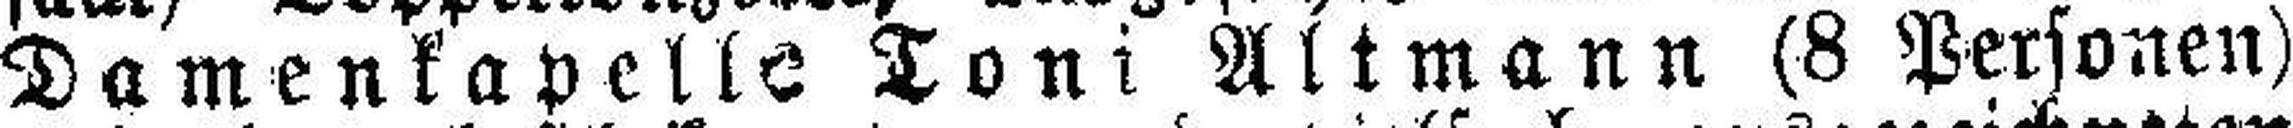
Damenkapelle Toni Altmann (8 Personen)